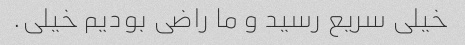
خیلی سریع رسید و ما راضی بودیم خیلی.